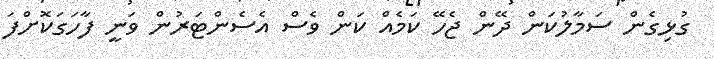
ގުޅިގެން ސަމާލުކަން ދޭން ޖެހޭ ކަމެއް ކަން ވެސް އެސެންޓަރުން ވަނީ ފާހަގަކޮށްފަ